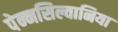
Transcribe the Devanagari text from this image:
पेन्नसिल्वानिया